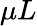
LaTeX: \mu L